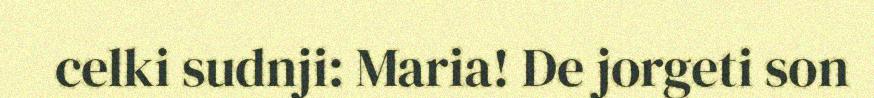
celki sudnji: Maria! De jorgeti son